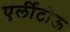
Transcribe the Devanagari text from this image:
एर्लीटोऊ